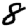
Digit: 8